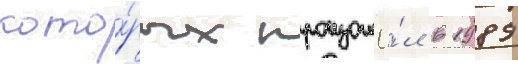
кото́рых произошё́л в 1989